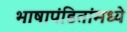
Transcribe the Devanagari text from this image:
भाषापंडितांमध्ये